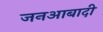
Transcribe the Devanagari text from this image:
जनआबादी